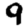
Digit: 9